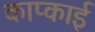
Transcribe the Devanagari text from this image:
काप्काई